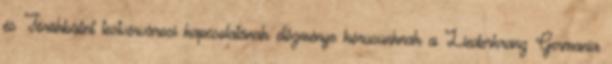
és Törökbálint testvérvárosi kapcsolatának előzménye kórusunknak a Liederkranz Germania